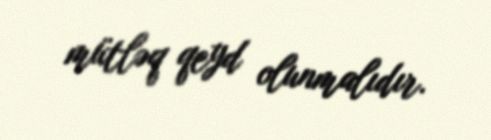
mütləq qeyd olunmalıdır.